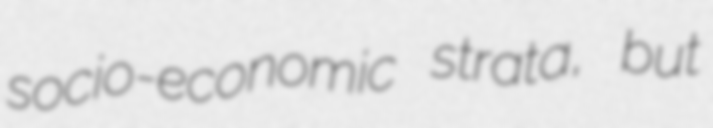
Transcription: socio-economic strata, but